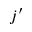
j ^ { \prime }